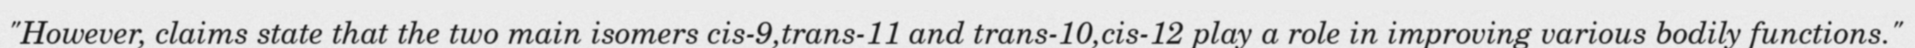
"However, claims state that the two main isomers cis-9,trans-11 and trans-10,cis-12 play a role in improving various bodily functions."